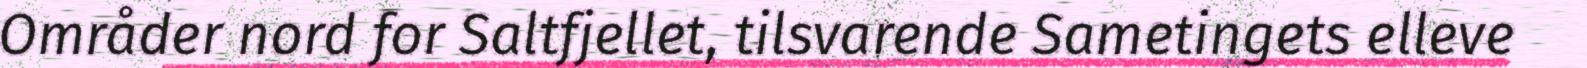
Områder nord for Saltfjellet, tilsvarende Sametingets elleve